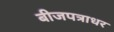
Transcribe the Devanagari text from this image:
बीजपत्राधर